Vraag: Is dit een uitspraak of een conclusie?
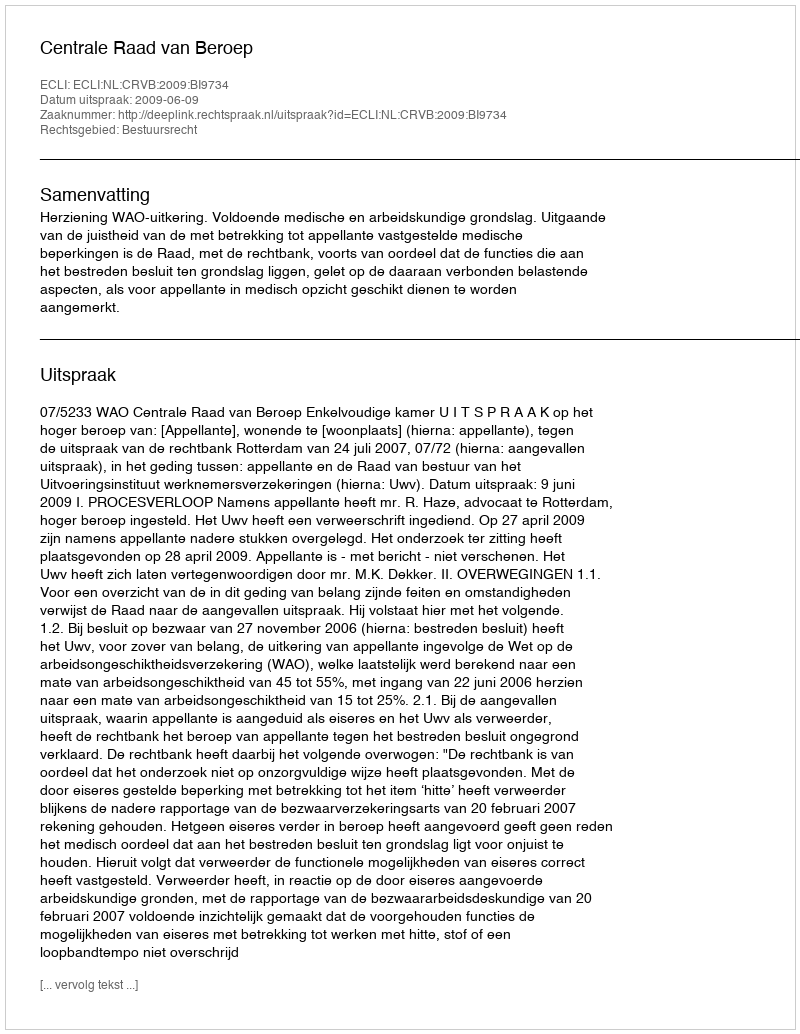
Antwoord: Uitspraak